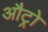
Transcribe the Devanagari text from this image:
औट्रो